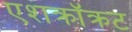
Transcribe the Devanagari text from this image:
एशक्रॉक्रट